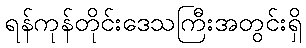
ရန်ကုန်တိုင်းဒေသကြီးအတွင်းရှိ